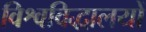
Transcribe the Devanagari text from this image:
विश्वविद्धालयों